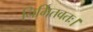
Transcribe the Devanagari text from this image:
निर्मितवतः।